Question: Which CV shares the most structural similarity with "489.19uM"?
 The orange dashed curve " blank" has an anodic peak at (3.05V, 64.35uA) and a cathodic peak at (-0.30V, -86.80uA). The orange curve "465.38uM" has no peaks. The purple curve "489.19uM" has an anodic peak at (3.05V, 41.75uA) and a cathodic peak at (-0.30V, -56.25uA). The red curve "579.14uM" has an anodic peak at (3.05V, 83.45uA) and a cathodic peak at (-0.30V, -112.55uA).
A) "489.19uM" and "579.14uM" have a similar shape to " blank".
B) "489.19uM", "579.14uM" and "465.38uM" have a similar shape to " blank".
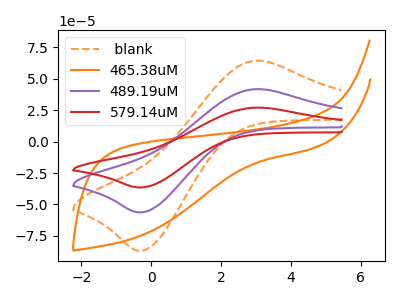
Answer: <think>" blank" and "465.38uM" have a different number of peaks. All the peaks in " blank" have a peak in "489.19uM" at the same potential. Every peak in " blank" is higher than every peak in "489.19uM". All the peaks in " blank" have a peak in "579.14uM" at the same potential. Every peak in " blank" is lower than every peak in "579.14uM". "465.38uM" and "489.19uM" have a different number of peaks. "465.38uM" and "579.14uM" have a different number of peaks. All the peaks in "489.19uM" have a peak in "579.14uM" at the same potential. Every peak in "489.19uM" is lower than every peak in "579.14uM".
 </think>
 <answer>A) "489.19uM" and "579.14uM" have a similar shape to " blank".</answer>
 <eval>A</eval>